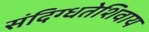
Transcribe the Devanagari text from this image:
संदिग्धतेशिवाय